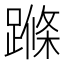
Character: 𨃜